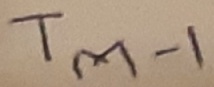
Text: TM-1